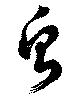
虫